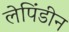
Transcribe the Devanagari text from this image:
लेपिंडीन